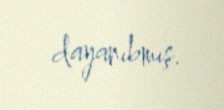
dayanıbmış.